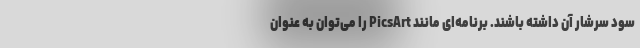
سود سرشار آن داشته باشند. برنامه‌‌ای مانند PicsArt را می‌توان به عنوان